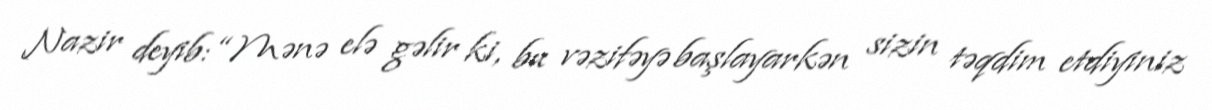
Nazir deyib: “Mənə elə gəlir ki, bu vəzifəyə başlayarkən sizin təqdim etdiyiniz